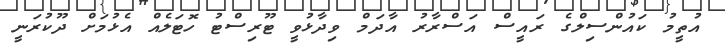
އުތީމު ކައުންސިލްގެ ރައީސް އަސްރާރު އާދަމް ވިދާޅުވީ ޓޫރިސްޓު ހޮޓަލެއް އެޅުމަށް ދޫކުރަނީ